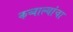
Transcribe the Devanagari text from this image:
कव्वाल्यांचा